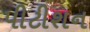
પીટીશન